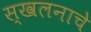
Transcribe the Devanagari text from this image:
स्खलनाचे